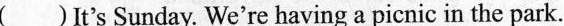
()It's Sunday. We're having a picnic in the park.